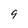
Character: 9